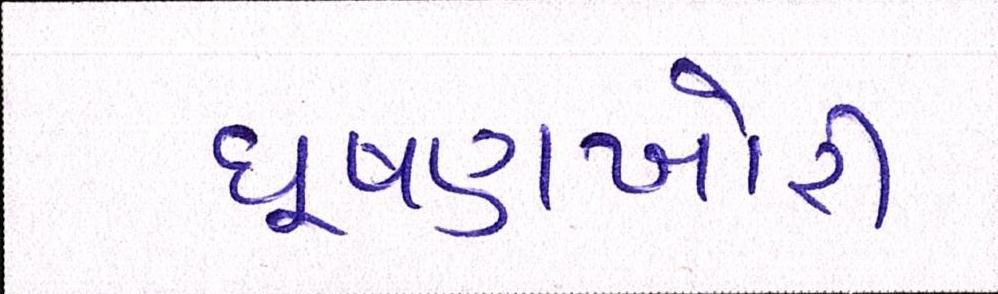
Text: ઘૂષણખોરી